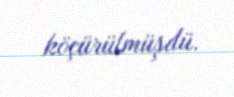
köçürülmüşdü.